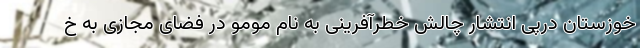
خوزستان درپی انتشار چالش خطرآفرینی به نام مومو در فضای مجازی به خ